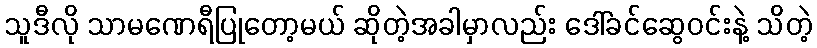
သူဒီလို သာမဏေရီပြုတော့မယ် ဆိုတဲ့အခါမှာလည်း ဒေါ်ခင်ဆွေဝင်းနဲ့ သိတဲ့